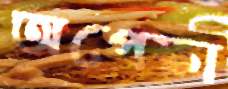
অপেক্ষা